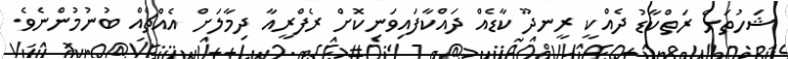
ޝަހުތަށް ރަތްކާޑު ދެއްކީ ރީނދޫ ކާޑެއް ދައްކާފައިވަނިކޮށް ރެފްރީއާ ދިމާލަށް އެއްޗެއް ބުނުމުންނެވެ.